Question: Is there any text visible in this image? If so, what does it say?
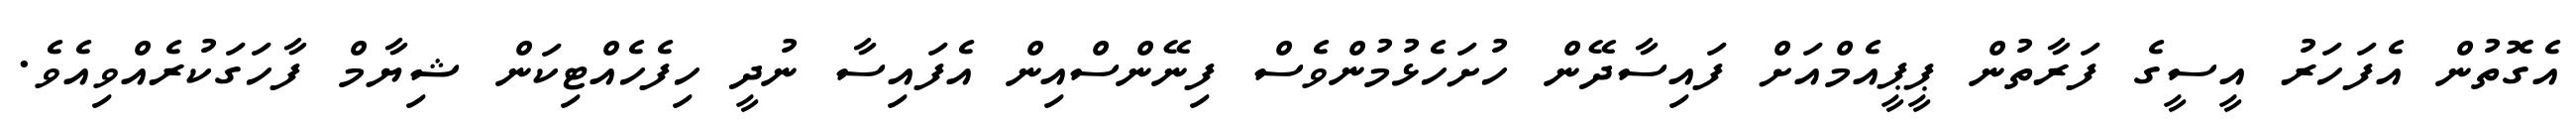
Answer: އެގޮތުން އެފަހަރު އީސީގެ ފަރާތުން ޕީޕީއެމްއަށް ފައިސާދޭން ހުށަހެޅުމުންވެސް ފިނޭންސްއިން އެފައިސާ ނުދީ ހިފެހެއްޓިކަން ޝިޔާމް ފާހަގަކުރެއްވިއެވެ.